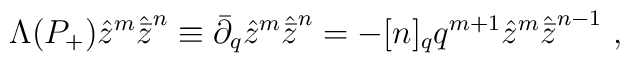
\Lambda (P_+ ){\hat z}^m {\hat{\bar z}}^n \equiv {\bar\partial}_q {\hat z}^m{\hat{\bar z}}^n=-[n]_q q^{m+1} {\hat z}^m {\hat{\bar z}}^{n-1} \ ,